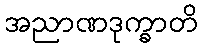
အညာဏဒုက္ခာတိ